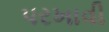
પરખાવી